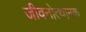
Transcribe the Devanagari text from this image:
जीवनोत्थानक